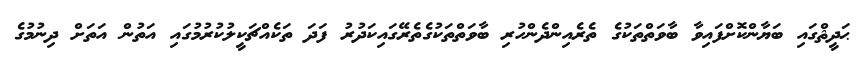
ޙަދީޘްގައި ބަޔާންކޮށްފައިވާ ބާވަތްތަކުގެ ތެރެއިންދެންހުރި ބާވަތްތަކުގެތެރޭގައިކަދުރު ފަދަ ތަކެއްޗަކީލުކުރުމުގައި އަތުން އަތަށް ދިނުމުގެ